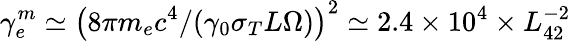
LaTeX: \gamma_{e}^{m}\simeq\left(8\pi m_{e}c^{4}/(\gamma_{0}\sigma_{T}L\Omega)\right)^{2}\simeq 2.4\times 10^{4}\times L_{42}^{-2}